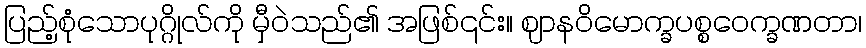
ပြည့်စုံသောပုဂ္ဂိုလ်ကို မှီဝဲသည်၏ အဖြစ်၎င်း။ ဈာနဝိမောက္ခပစ္စဝေက္ခဏတာ၊